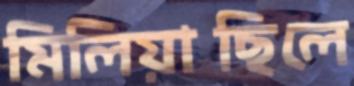
মিলিয়াছিলে